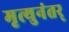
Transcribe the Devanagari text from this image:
मृत्युनंतर्